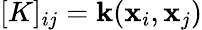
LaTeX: [K]_{ij}=\mathbf{k}(\mathbf{{x}}_{i},\mathbf{{x}}_{j})